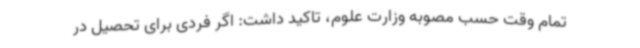
تمام وقت حسب مصوبه وزارت علوم، تاکید داشت: اگر فردی برای تحصیل در